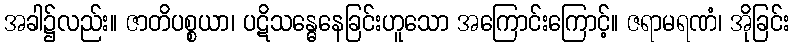
အခါ၌လည်း။ ဇာတိပစ္စယာ၊ ပဋိသန္ဓေနေခြင်းဟူသော အကြောင်းကြောင့်။ ဇရာမရဏံ၊ အိုခြင်း